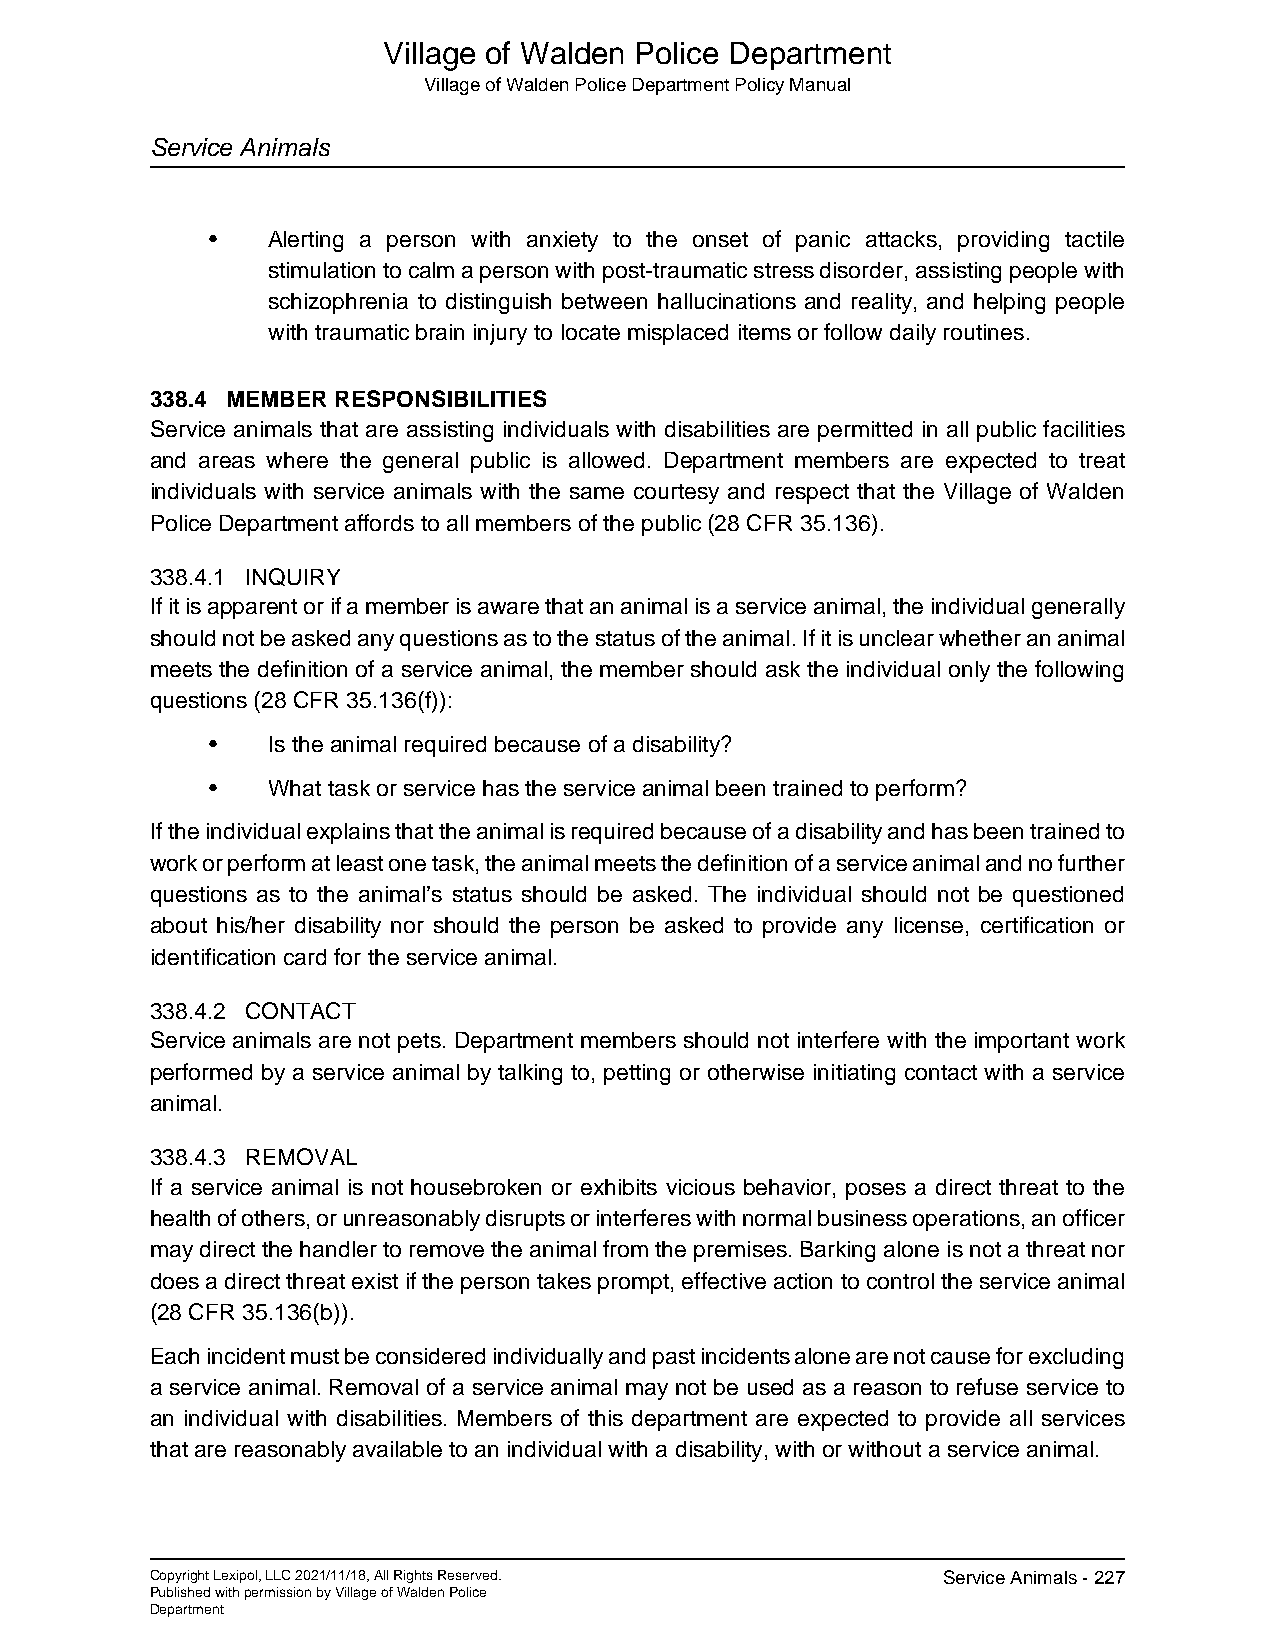
Village of Walden Police Department
 Village of Walden Police Department Policy Manual
 Service Animals
 •   Alerting a person with anxiety to the onset of panic attacks, providing tactile
 stimulation to calm a person with post-traumatic stress disorder, assisting people with
 schizophrenia to distinguish between hallucinations and reality, and helping people
 with traumatic brain injury to locate misplaced items or follow daily routines.
 338.4 MEMBER RESPONSIBILITIES
 Service animals that are assisting individuals with disabilities are permitted in all public facilities
 and areas where the general public is allowed. Department members are expected to treat
 individuals with service animals with the same courtesy and respect that the Village of Walden
 Police Department affords to all members of the public (28 CFR 35.136).
 338.4.1 INQUIRY
 If it is apparent or if a member is aware that an animal is a service animal, the individual generally
 should not be asked any questions as to the status of the animal. If it is unclear whether an animal
 meets the definition of a service animal, the member should ask the individual only the following
 questions (28 CFR 35.136(f)):
 •   Is the animal required because of a disability?
 •   What task or service has the service animal been trained to perform?
 If the individual explains that the animal is required because of a disability and has been trained to
 work or perform at least one task, the animal meets the definition of a service animal and no further
 questions as to the animal’s status should be asked. The individual should not be questioned
 about his/her disability nor should the person be asked to provide any license, certification or
 identification card for the service animal.
 338.4.2 CONTACT
 Service animals are not pets. Department members should not interfere with the important work
 performed by a service animal by talking to, petting or otherwise initiating contact with a service
 animal.
 338.4.3 REMOVAL
 If a service animal is not housebroken or exhibits vicious behavior, poses a direct threat to the
 health of others, or unreasonably disrupts or interferes with normal business operations, an officer
 may direct the handler to remove the animal from the premises. Barking alone is not a threat nor
 does a direct threat exist if the person takes prompt, effective action to control the service animal
 (28 CFR 35.136(b)).
 Each incident must be considered individually and past incidents alone are not cause for excluding
 a service animal. Removal of a service animal may not be used as a reason to refuse service to
 an individual with disabilities. Members of this department are expected to provide all services
 that are reasonably available to an individual with a disability, with or without a service animal.
 Copyright Lexipol, LLC 2021/11/18, All Rights Reserved. Service Animals - 227
 Published with permission by Village of Walden Police
 Department